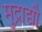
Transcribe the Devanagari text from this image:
मुद्राद्यौ